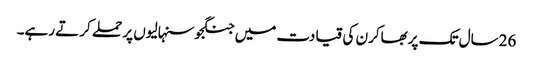
26سال تک پربھاکرن کی قیادت میں جنگجوسنہالیوں پر حملے کرتے رہے۔